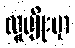
လူမျိုးမှာ